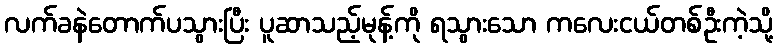
လက်ခနဲတောက်ပသွားပြီး ပူဆာသည့်မုန့်ကို ရသွားသော ကလေးငယ်တစ်ဦးကဲ့သို့